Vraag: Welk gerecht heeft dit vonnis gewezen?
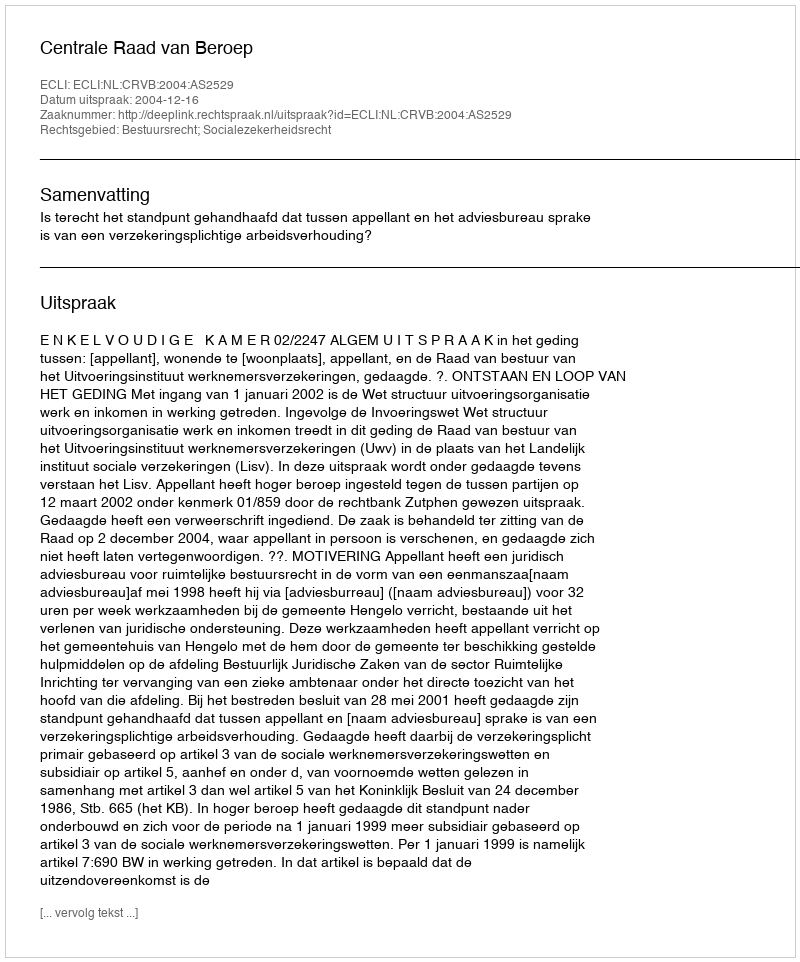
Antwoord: Centrale Raad van Beroep